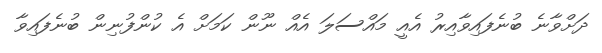
ދަށްވާނެ ބުނެފައިވާއިރު އެއީ މައްސަލަ އެއް ނޫން ކަމަށް އެ ކުންފުނިން ބުނެފައިވާ